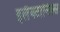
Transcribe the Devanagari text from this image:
इलैक्टानिक्स